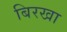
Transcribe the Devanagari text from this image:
बिरखा